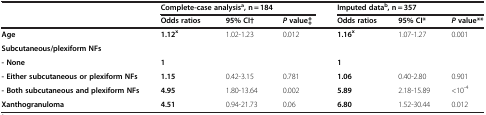
| <ROWSPAN=2>  | <COLSPAN=3> Complete-case analysisa, n = 184 | <COLSPAN=3> Imputed datab, n = 357 |
 | Odds ratios | 95% CI† | P value‡ | Odds ratios | 95% CI* | P value** |
 | --- | --- | --- | --- | --- | --- | --- |
 | Age | 1.12x | 1.02-1.23 | 0.012 | 1.16x | 1.07-1.27 | 0.001 |
 | Subcutaneous/plexiform NFs |  |  |  |  |  |  |
 | - None | 1 |  |  | 1 |  |  |
 | - Either subcutaneous or plexiform NFs | 1.15 | 0.42-3.15 | 0.781 | 1.06 | 0.40-2.80 | 0.901 |
 | - Both subcutaneous and plexiform NFs | 4.95 | 1.80-13.64 | 0.002 | 5.89 | 2.18-15.89 | <10-4 |
 | Xanthogranuloma | 4.51 | 0.94-21.73 | 0.06 | 6.80 | 1.52-30.44 | 0.012 |